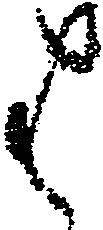
は